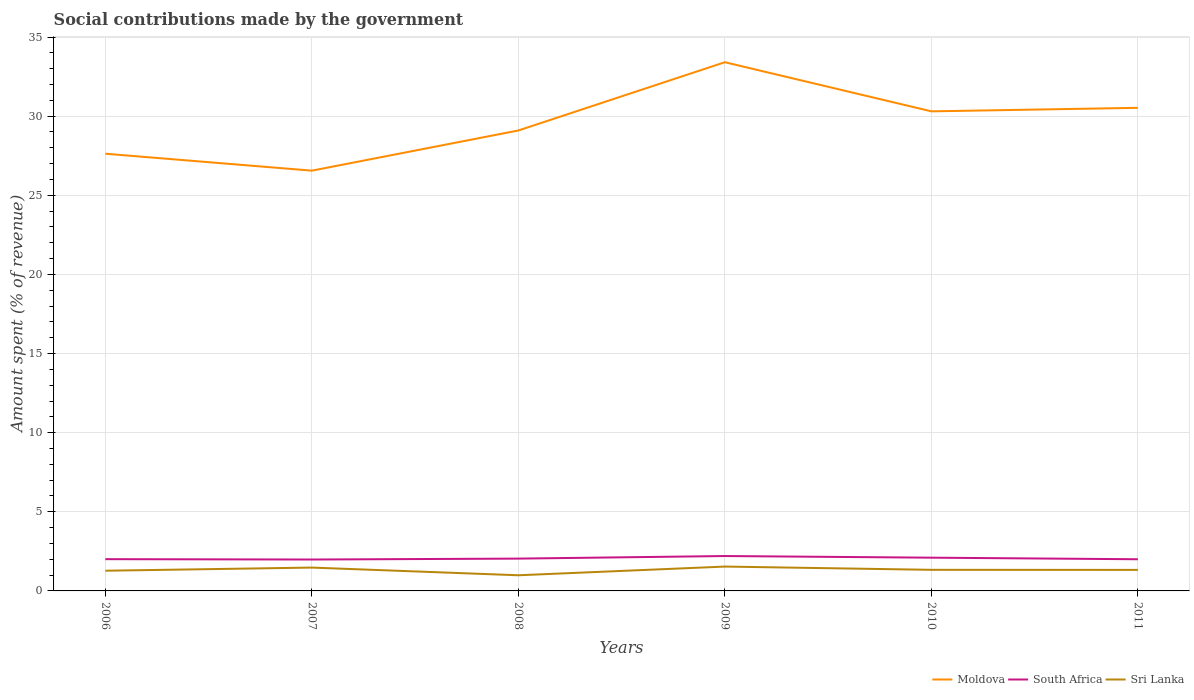
| Years | Moldova | South Africa | Sri Lanka |
 | --- | --- | --- | --- |
 | 2006 | 27.6 | 2.01 | 1.28 |
 | 2007 | 26.6 | 1.98 | 1.48 |
 | 2008 | 29.1 | 2.04 | 0.989 |
 | 2009 | 33.4 | 2.2 | 1.54 |
 | 2010 | 30.3 | 2.1 | 1.33 |
 | 2011 | 30.5 | 2 | 1.33 |